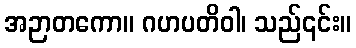
အဉာတကော။ ဂဟပတိဝါ၊ သည်၎င်း။